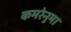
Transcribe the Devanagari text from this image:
कमरेनुमा